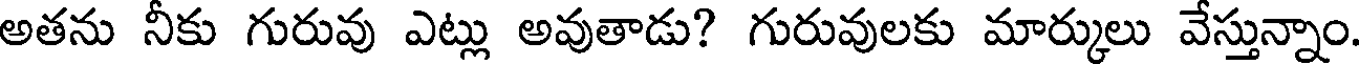
అతను నీకు గురువు ఎట్లు అవుతాడు? గురువులకు మార్కులు వేస్తున్నాం